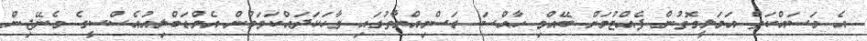
އެ މަސައްކަތް އަމަލީގޮތުން ފެއްޓުމަށް ބޭއްވި ހާއްސަ ރަސްމިއްޔާތުގައި ވާހަކަދައްކަވަމުން އެމްޑަބްލިއުއެސްސީގެ މެނޭޖިން